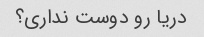
دریا رو دوست نداری؟